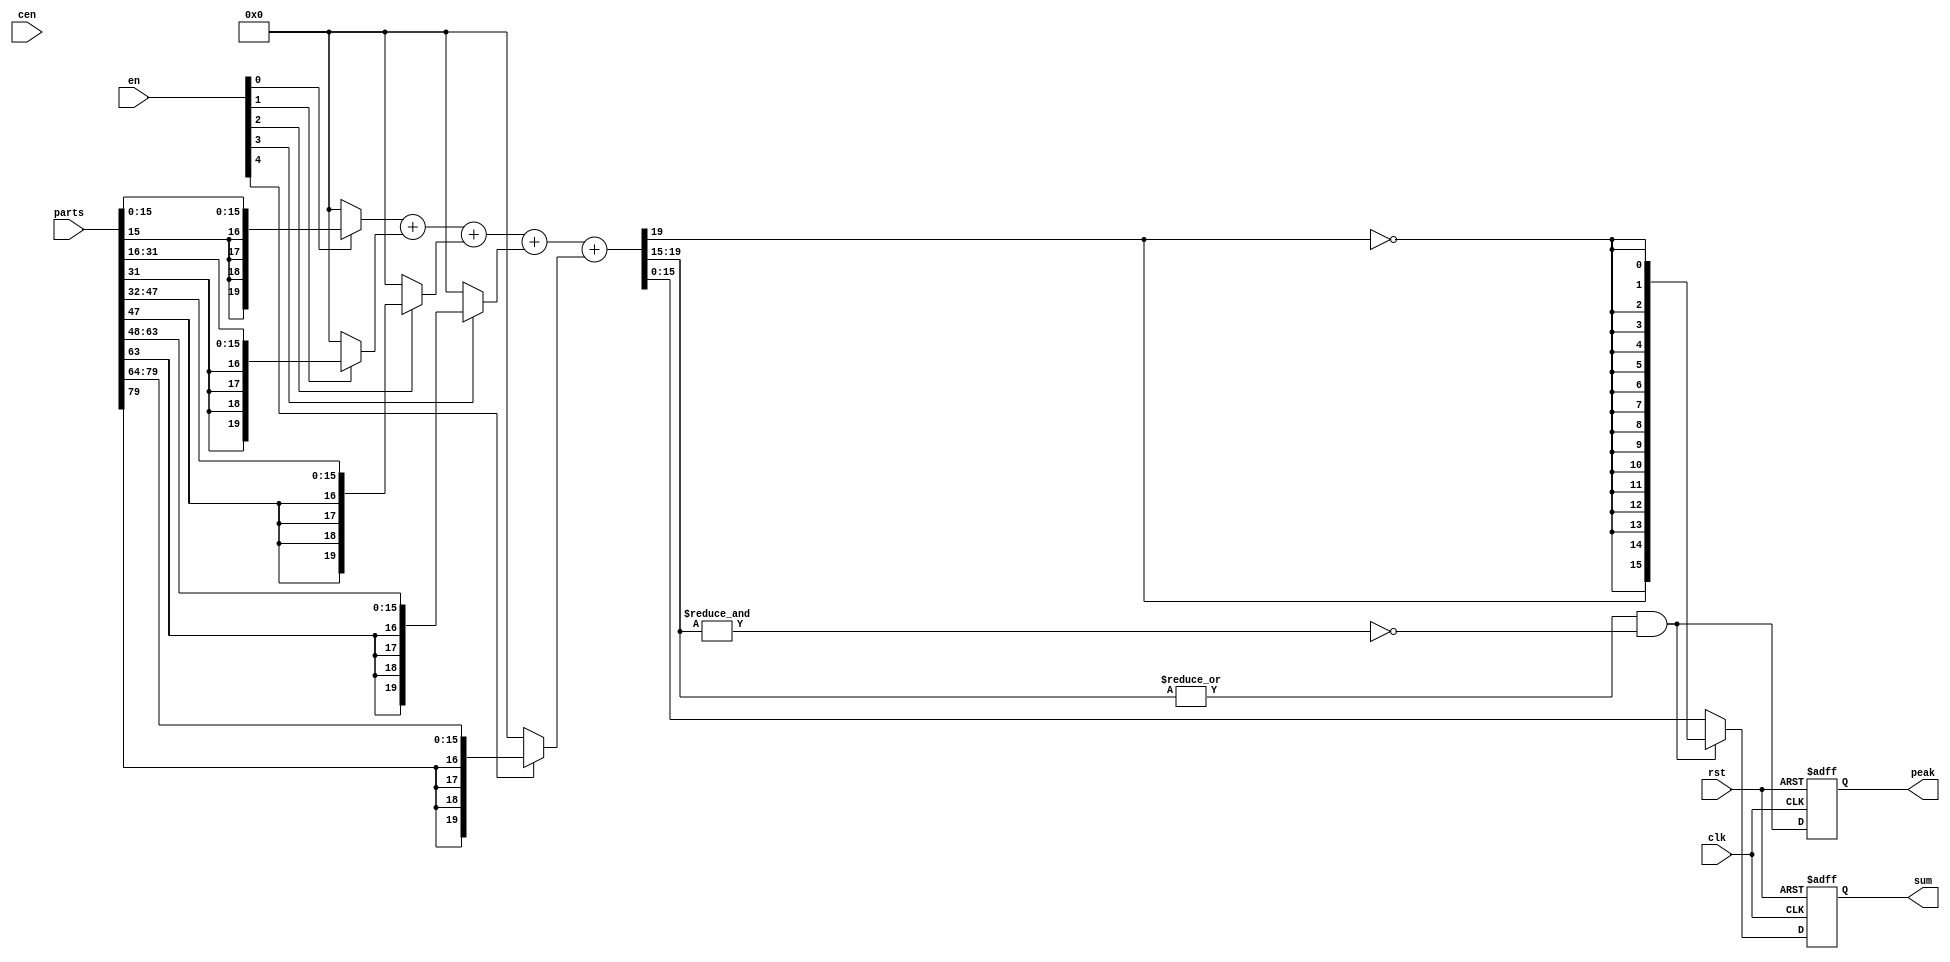
// This program was cloned from: https://github.com/jotego/jtcores
// License: GNU General Public License v3.0

/* This file is part of JTFRAME.


    JTFRAME program is free software: you can redistribute it and/or modify
    it under the terms of the GNU General Public License as published by
    the Free Software Foundation, either version 3 of the License, or
    (at your option) any later version.

    JTFRAME program is distributed in the hope that it will be useful,
    but WITHOUT ANY WARRANTY; without even the implied warranty of
    MERCHANTABILITY or FITNESS FOR A PARTICULAR PURPOSE.  See the
    GNU General Public License for more details.

    You should have received a copy of the GNU General Public License
    along with JTFRAME.  If not, see <http://www.gnu.org/licenses/>.

    Author: Jose Tejada Gomez. Twitter: @topapate
    Version: 1.0
    Date: 8-3-2024

*/

// Limiting summer of signed inputs of equal bit width
// the output will be clipped (limited) if the sum does not fit in W bits
// peak is set when the output is clipped
module jtframe_limsum #(parameter
    WI = 16,
    WO = WI,
    K = 5   // number of input signals
)(
    input             rst,
    input             clk,
    input             cen,
    input   [WI*K-1:0] parts,
    input   [K-1:0]   en,
    output reg signed [WO-1:0] sum,
    output reg        peak
);

localparam WS = WI+$clog2(K)+1;
reg signed [WS-1:0] full;
wire       [WS-WO:0] signs = full[WS-1:WO-1];
wire v = |signs & ~&signs; // overflow

function [WS-1:0] ext(input en, input [WI-1:0] a);
    ext = en ? { {WS-WI{a[WI-1]}}, a } : {WS{1'b0}};
endfunction

integer k;
always @* begin
    for(k=0;k<K;k=k+1) full = k==0? ext(en[k],parts[WI-1:0]) : full+ext(en[k],parts[WI*k+:WI]);
end

always @(posedge clk, posedge rst) begin
    if( rst ) begin
        sum  <= 0;
        peak <= 0;
    end else begin
        peak <= v;
        sum  <= v ? {full[WS-1],{WO-1{~full[WS-1]}}} : full[WO-1:0];
    end
end

endmodule